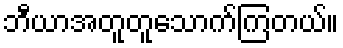
ဘီယာအတူတူသောက်ကြတယ်။